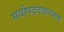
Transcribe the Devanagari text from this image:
सर्वोपद्रववारकम्